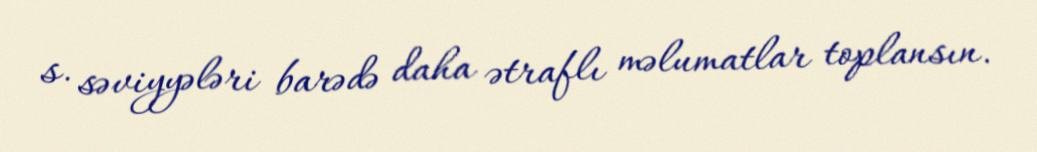
s. səviyyələri barədə daha ətraflı məlumatlar toplansın.